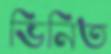
ভিনিত